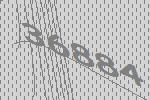
36884